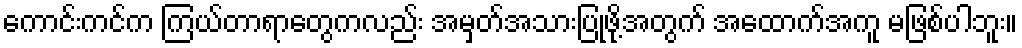
ကောင်းကင်က ကြယ်တာရာတွေကလည်း အမှတ်အသားပြုဖို့အတွက် အထောက်အကူ မဖြစ်ပါဘူး။